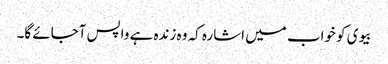
بیوی کو خواب میں اشارہ کہ وہ زندہ ہے واپس آجائے گا۔